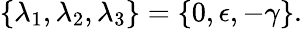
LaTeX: \{ \lambda_{1},\lambda_{2},\lambda_{3}\} =\{ 0,\epsilon,-\gamma\} .